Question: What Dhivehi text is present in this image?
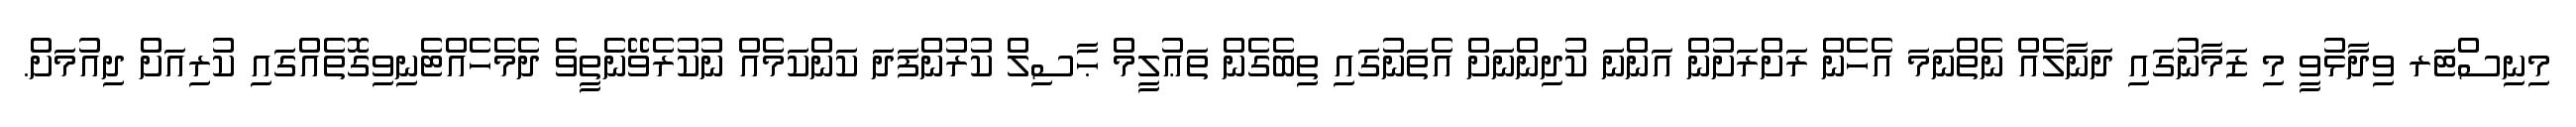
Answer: މިނިސްޓަރ ވިދާޅުވީ މި ޒަމާނުގައި ދަނާލެއް ނެތްނަމަ އެހެން ރަށްރަށުން އަންނަ ކުދިންނަށް އެތަނުގައި ތިބެގެން ތަޢުލީމް ޙާސިލް ކުރުންފަދަ ކަންކަމެއް ނުކުރެވޭނެތީވެ ދެމެހެއްޓެނިވިގޮތެއްގައި ކުރިއަށް ދިއުމަށް.